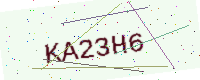
Text: KA23H6